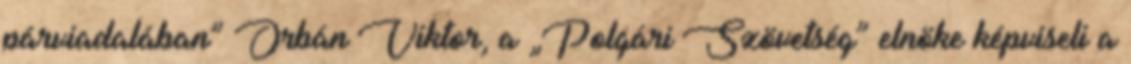
párviadalában” Or­bán Viktor, a „Polgári Szö­vet­ség” elnöke képviseli a